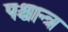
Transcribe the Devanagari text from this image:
पश्चान्त्र